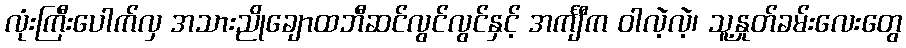
လုံးကြီးပေါက်လှ အသားညိုချောထဘီဆင်လွင်လွင်နှင့် အင်္ကျီက ဝါလဲ့လဲ့၊ သူ့နှုတ်ခမ်းလေးတွေ